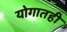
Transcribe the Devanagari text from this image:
योगातही